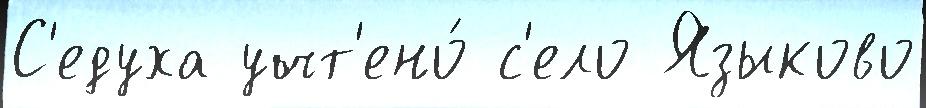
С'едуха учт'ено́ с'ело Языково